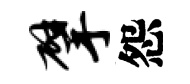
擘怨